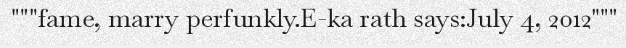
"""fame, marry perfunkly.E-ka rath says:July 4, 2012"""